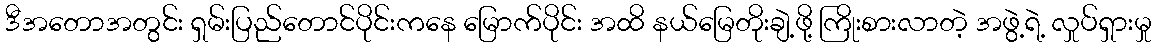
ဒီအတောအတွင်း ရှမ်းပြည်တောင်ပိုင်းကနေ မြောက်ပိုင်း အထိ နယ်မြေတိုးချဲ့ဖို့ ကြိုးစားလာတဲ့ အဖွဲ့ရဲ့ လှုပ်ရှားမှု